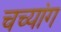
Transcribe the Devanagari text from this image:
चच्यांग